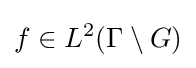
f\in L^{2}(\Gamma \setminus G)